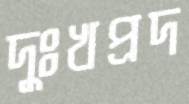
দুঃখপ্রদ